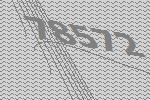
78572